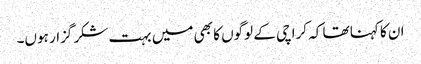
ان کا کہنا تھا کہ کراچی کے لوگوں کا بھی میں بہت شکر گزار ہوں۔